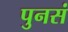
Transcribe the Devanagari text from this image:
पुनसं